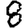
Digit: 8